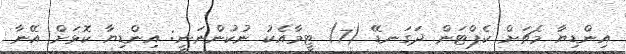
އިންޑިޔާ މެޗަށް ކެޕްޓަން ދަގަނޑޭ (7) ޓީމާއެކު ނުކުންނަނީ: އިންޑިޔާ ކޮޅަށް އޭނާ